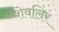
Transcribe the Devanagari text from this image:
शेवलिर